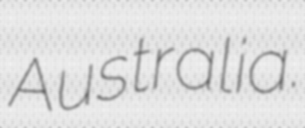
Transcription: Australia.